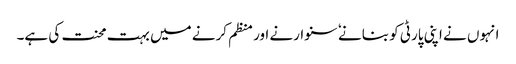
انہوں نے اپنی پارٹی کو بنانے ٗ سنوارنے اور منظم کرنے میں بہت محنت کی ہے۔